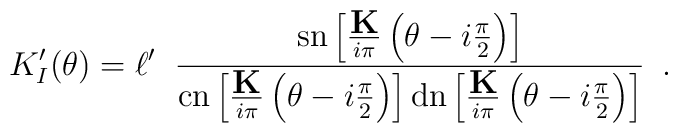
K_{I}'(\theta)=\ell'\;\;\frac{\textrm{sn}\left[\frac{\textbf{K}}{i\pi} \left(\theta-i\frac{\pi}{2}\right)\right]}{\textrm{cn}\left[\frac{\textbf{K}}{i\pi} \left(\theta-i\frac{\pi}{2}\right)\right]\textrm{dn}\left[\frac{\textbf{K}}{i\pi}\left(\theta-i\frac{\pi }{2}\right)\right]}\,\,\,.